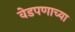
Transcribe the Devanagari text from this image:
वेडपणाच्या